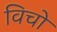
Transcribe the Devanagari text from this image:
विचो